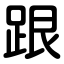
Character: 跟